Vaccination in Bombay 1902-1912 - 1902-1912
Year: 1902
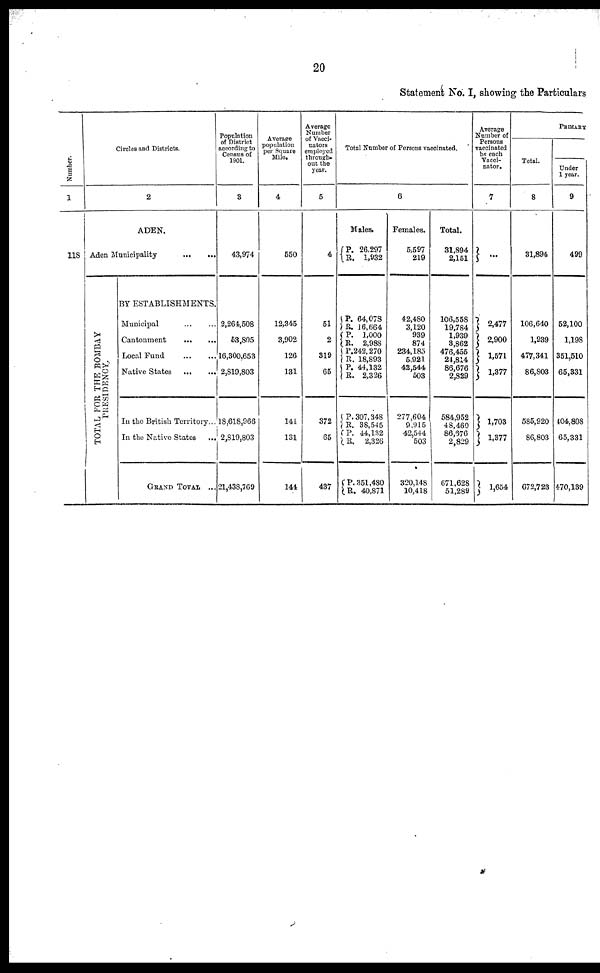
20
Statement No. I, showing the Particulars
Number.
1
118
Circles and Districts.
2
ADEN.
Aden Municipality
...
...
TOTAL FOR THE BOMBAY
PRESIDENCY.
BY ESTABLISHMENTS.
Municipal
...
...
Cantonment
...
...
Local Fund ... ...
Native States ... ...
In the British Territory...
In the Native States
...
GRAND TOTAL ...
Population
of District
according to
Census of
1901.
3
43,974
2,264,508
53,805
16,300,653
2,819,803
18,618,966
2,819,803
21,438,769
Average
population
per Square
Mile.
4
550
12,345
3,902
126
131
144
131
144
Average
Number
of Vacci-
nators
employed
through-
out the
year.
5
4
51
2
319
65
372
65
437
Total Number of Persons vaccinated.
6
Males.
P.
R.
26,297
1,932
P.
R.
P.
R.
P.
R.
P.
R.
P.
R.
P.
R.
P.
R.
64,078
16,664
1,000
2,988
242,270
18,893
44,132
2,326
307,348
38,545
44,132
2,326
351,480
40,871
Females.
5,597
219
42,480
3,120
939
874
234,185
5,921
42,544
503
277,604
9,915
42,544
503
320,148
10,418
Total.
31,894
2,151
106,558
19,784
1,939
3,862
476,455
24,814
86,676
2,829
584,952
48,460
86,676
2,829
671,628
51,289
Average
Number of
Persons
vaccinated
by each
Vacci-
nator.
7
...
2,477
2,900
1,571
1,377
1,703
1,377
1,654
PRIMARY
Total.
8
31,894
106,640
1,939
477,341
86,803
585,920
86,803
672,723
Under
1 year.
9
499
52,100
1,198
351,510
65,331
404,808
65,331
470,139